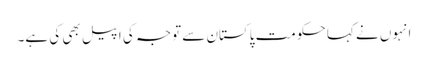
انہوں نے کہا حکومت پاکستان سے توجہ کی اپیل بھی کی ہے۔